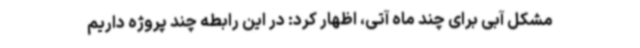
مشکل آبی برای چند ماه‌ آتی، اظهار کرد: در این رابطه چند پروژه داریم